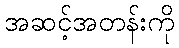
အဆင့်အတန်းကို